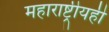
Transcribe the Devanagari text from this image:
महाराष्ट्रीयही